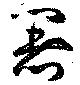
署